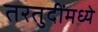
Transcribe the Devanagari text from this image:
तरतुदींमध्ये